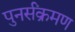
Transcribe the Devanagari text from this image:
पुनर्संक्रमण